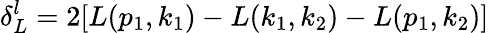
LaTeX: \delta_{L}^{l}=2[L(p_{1},k_{1})-L(k_{1},k_{2})-L(p_{1},k_{2})]